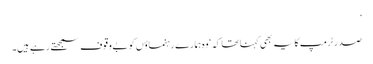
’
صدر ٹرمپ کا یہ بھی کہنا تھا کہ ‘وہ ہمارے رہنماؤں کو بےوقوف سمجھتے رہے ہیں۔